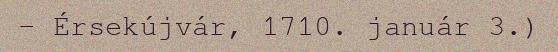
– Érsekújvár, 1710. január 3.)